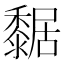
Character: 䵕